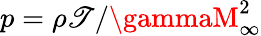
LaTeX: p=\rho\mathscr{T}/\gammaM_{\infty}^{2}